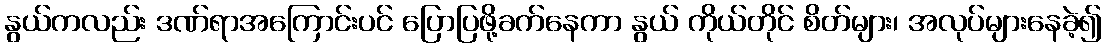
နွယ်ကလည်း ဒဏ်ရာအကြောင်းပင် ပြောပြဖို့ခက်နေကာ နွယ် ကိုယ်တိုင် စိတ်များ၊ အလုပ်များနေခဲ့၍